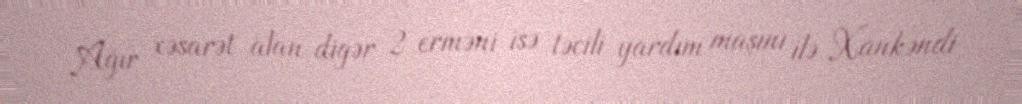
Ağır xəsarət alan digər 2 erməni isə təcili yardım maşını ilə Xankəndi